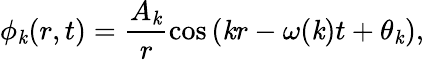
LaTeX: \phi_{\mathit{k}}(r,t)=\frac{{A_{\mathit{k}}}}{{r}}\cos{\left(\mathit{k}r-\omega(\mathit{k})t+\theta_{\mathit{k}}\right)},